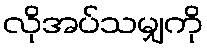
လိုအပ်သမျှကို